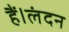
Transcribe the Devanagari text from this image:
हैं।लंदन